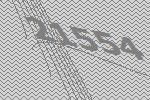
21554